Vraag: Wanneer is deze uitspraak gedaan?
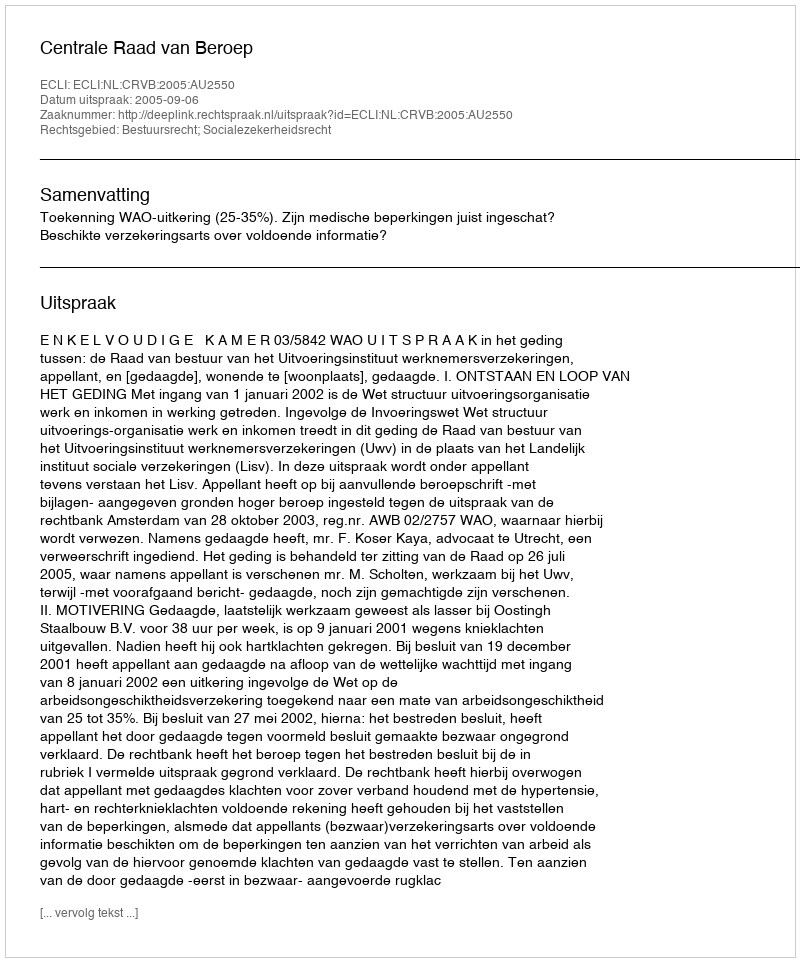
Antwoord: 2005-09-06